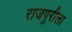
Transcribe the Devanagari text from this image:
राजपुरीला